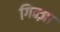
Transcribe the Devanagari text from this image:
गिन्ज़ा